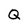
Character: Q